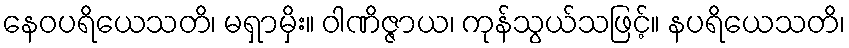
နေဝပရိယေသတိ၊ မရှာမှိး။ ဝါဏိဇ္ဇာယ၊ ကုန်သွယ်သဖြင့်။ နပရိယေသတိ၊